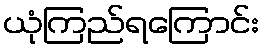
ယုံကြည်ရကြောင်း